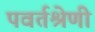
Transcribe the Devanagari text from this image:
पवर्तश्रेणी